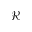
\mathcal { R }